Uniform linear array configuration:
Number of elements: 64
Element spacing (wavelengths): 0.25
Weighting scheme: binomial
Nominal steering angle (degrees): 60
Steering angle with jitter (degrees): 58.31
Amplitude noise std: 0.05
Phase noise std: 0.05

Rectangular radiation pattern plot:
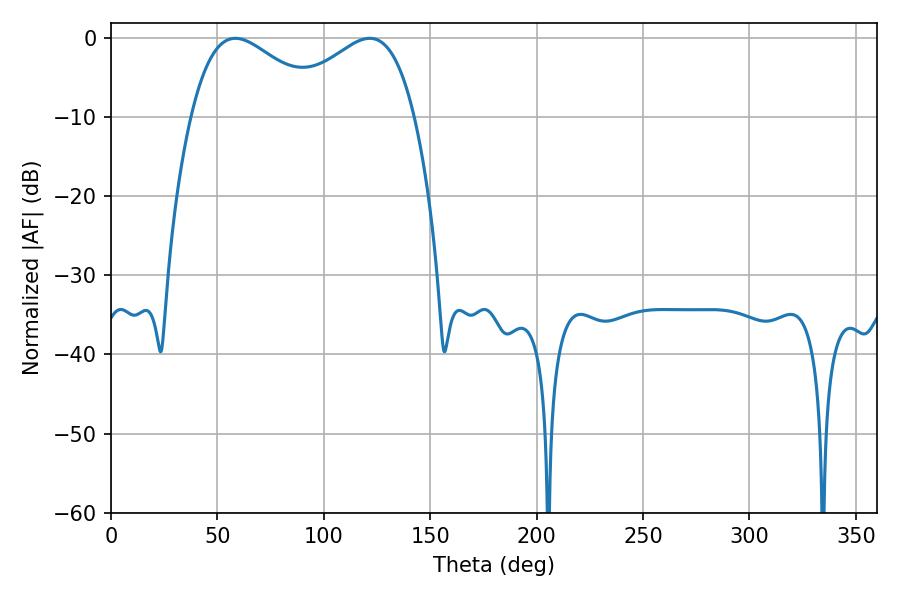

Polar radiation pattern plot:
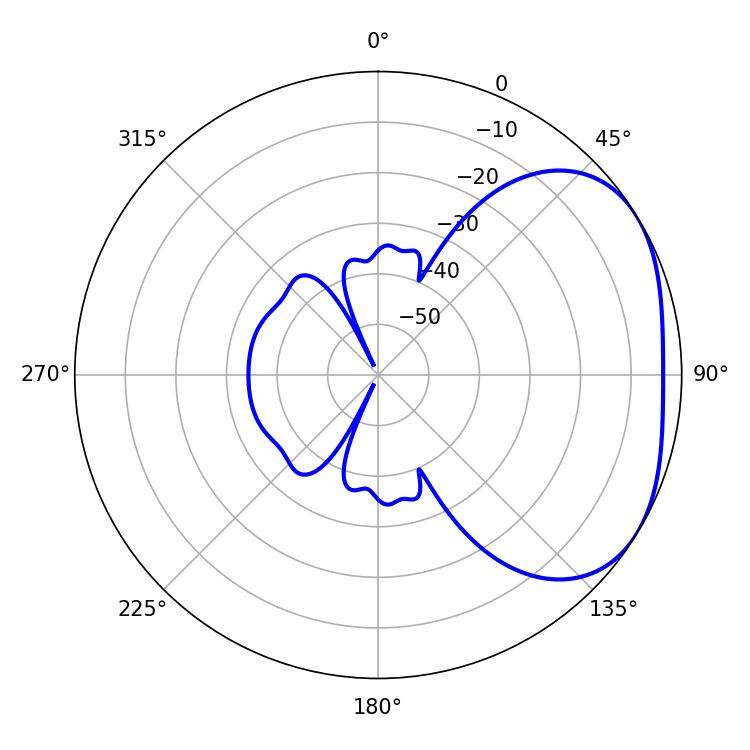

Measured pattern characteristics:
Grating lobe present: FALSE
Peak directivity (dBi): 2.856
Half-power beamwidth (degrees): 34.38
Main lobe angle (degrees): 58.5